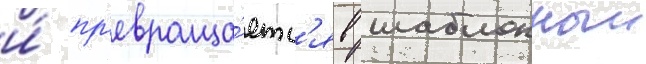
и́ пр'евраща́етс'я в шаблонныи